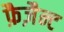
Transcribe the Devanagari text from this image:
फ़ैज़ैन्ट